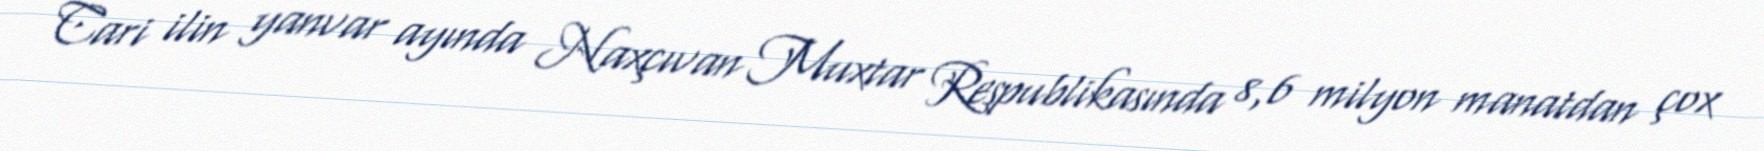
Cari ilin yanvar ayında Naxçıvan Muxtar Respublikasında 8,6 milyon manatdan çox